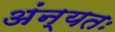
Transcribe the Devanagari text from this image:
अंन्यतः